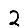
Digit: 2